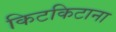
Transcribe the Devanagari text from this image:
किटकिटाना